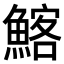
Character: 𩹃